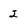
Character: 2